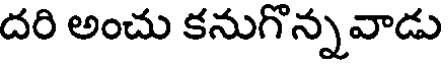
దరి అంచు కనుగొన్నవాడు